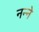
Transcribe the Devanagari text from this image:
नन्ने